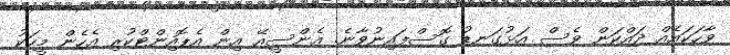
ވާހަކައެއް ދައްކަން ވެސް އަޅުގަނޑު ގޮސްފައިނުވާނެ. އެންސީއޭ އިން އެޕޮއިންޓްކުރި އެހެން މީހަކު